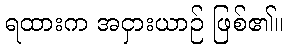
ရထားက အငှားယာဉ် ဖြစ်၏။